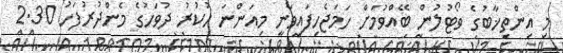
މި އިންތިޚާބުގެ ވޯޓުލުން ބޭއްވުމަށް ހަމަޖެހިފައިވަނީ މިއަންނަ ހުކުރު ދުވަހުގެ މެންދުރުފަހު 2.30